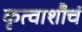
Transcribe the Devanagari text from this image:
कृत्वाशौचं